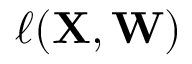
\ensuremath { \ell } ( { \mathbf { { X } } } , { \mathbf { { W } } } )